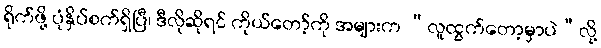
ရိုက်ဖို့ ပုံနှိပ်စက်ရှိပြီ၊ ဒီလိုဆိုရင် ကိုယ်တော့်ကို အများက “လူထွက်တော့မှာပဲ”လို့